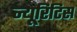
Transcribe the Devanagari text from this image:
न्यूरिटिस